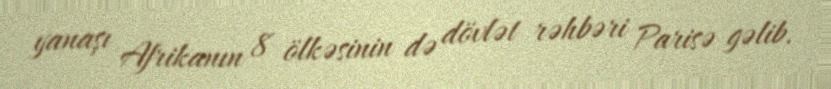
yanaşı Afrikanın 8 ölkəsinin də dövlət rəhbəri Parisə gəlib.